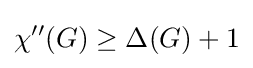
\chi ''(G)\geq \Delta (G)+1